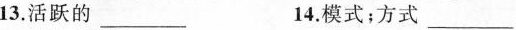
13.活跃的 ___14.模式；方式___